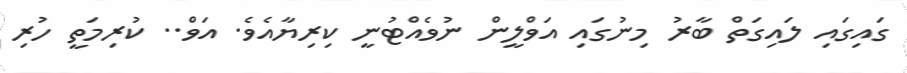
ގައިގައި ލައިގަތް ބާރު މިނުގައި އަވްލީން ނުވެއްޓުނީ ކިރިޔާއެވެ. އަވް.. ކުރިމަތީ ހުރި